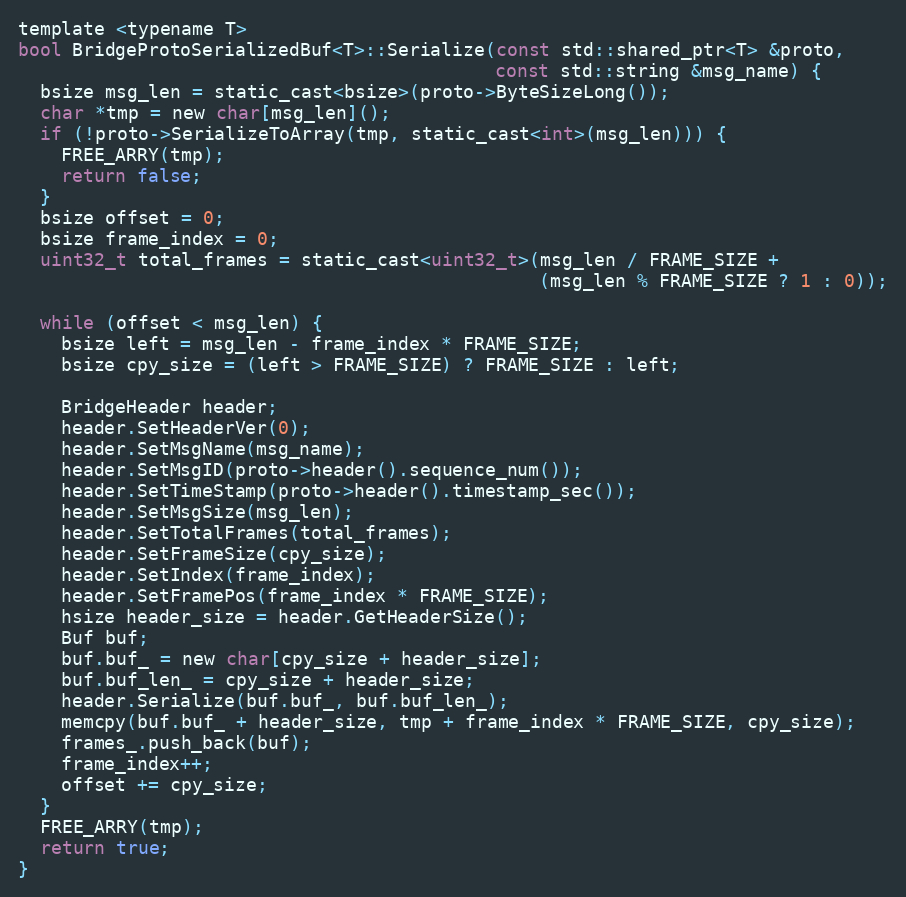
Language: C
template <typename T>
bool BridgeProtoSerializedBuf<T>::Serialize(const std::shared_ptr<T> &proto,
                                            const std::string &msg_name) {
  bsize msg_len = static_cast<bsize>(proto->ByteSizeLong());
  char *tmp = new char[msg_len]();
  if (!proto->SerializeToArray(tmp, static_cast<int>(msg_len))) {
    FREE_ARRY(tmp);
    return false;
  }
  bsize offset = 0;
  bsize frame_index = 0;
  uint32_t total_frames = static_cast<uint32_t>(msg_len / FRAME_SIZE +
                                                (msg_len % FRAME_SIZE ? 1 : 0));

  while (offset < msg_len) {
    bsize left = msg_len - frame_index * FRAME_SIZE;
    bsize cpy_size = (left > FRAME_SIZE) ? FRAME_SIZE : left;

    BridgeHeader header;
    header.SetHeaderVer(0);
    header.SetMsgName(msg_name);
    header.SetMsgID(proto->header().sequence_num());
    header.SetTimeStamp(proto->header().timestamp_sec());
    header.SetMsgSize(msg_len);
    header.SetTotalFrames(total_frames);
    header.SetFrameSize(cpy_size);
    header.SetIndex(frame_index);
    header.SetFramePos(frame_index * FRAME_SIZE);
    hsize header_size = header.GetHeaderSize();
    Buf buf;
    buf.buf_ = new char[cpy_size + header_size];
    buf.buf_len_ = cpy_size + header_size;
    header.Serialize(buf.buf_, buf.buf_len_);
    memcpy(buf.buf_ + header_size, tmp + frame_index * FRAME_SIZE, cpy_size);
    frames_.push_back(buf);
    frame_index++;
    offset += cpy_size;
  }
  FREE_ARRY(tmp);
  return true;
}